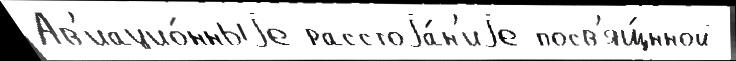
Ав'иацио́нныjе расстоjа́н'иjе посв'ящ́нной